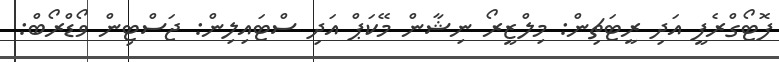
ފޮޓޯގްރެފީ އަދި ރީޓަޗިން: މިލްޒީރޯ ނިޝާން މޭކަޕް އަދި ސްޓައިލިން: ޖަސްޓިން ވޯޑްރޯބް: